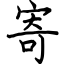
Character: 寄